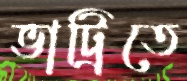
ভাট্রিতে